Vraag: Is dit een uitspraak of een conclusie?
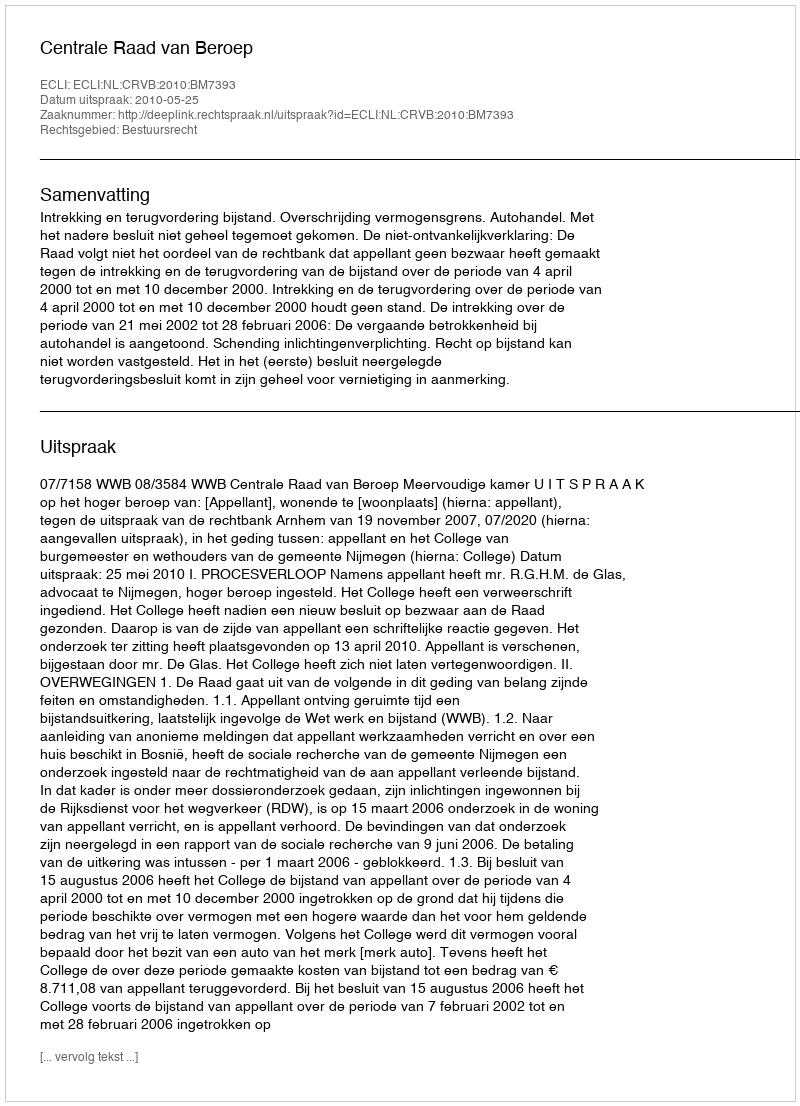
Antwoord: Uitspraak